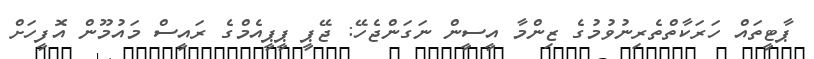
ޕާޓީތައް ހަރަކާތްތެރިނުވުމުގެ ޒިންމާ އީސީން ނަގަންޖެހޭ: ޖޭޕީ ޕީޕީއެމްގެ ރައީސް މައުމޫން އޮފީހަށް